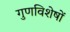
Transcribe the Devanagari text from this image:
गुणविशेषों